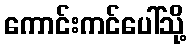
ကောင်းကင်ပေါ်သို့